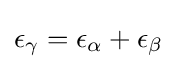
\epsilon _{\gamma }=\epsilon _{\alpha }+\epsilon _{\beta }